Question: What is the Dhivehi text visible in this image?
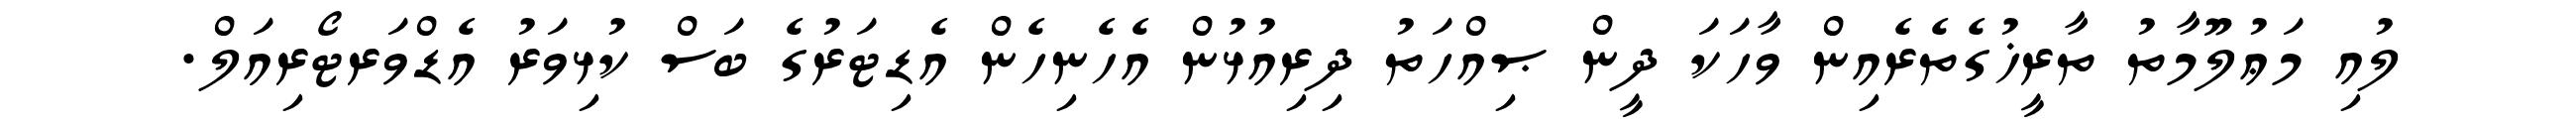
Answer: ލުއި މަޢުލޫމާތު ތާރީޚުގެތެރެއިން ވާހަކަ ދީން ޞިއްހަތު ދިރިއުޅުން އެހެނިހެން އެޑިޓަރުގެ ބަސް ކުޅިވަރު އެޑްވަރޓޯރިއަލް.